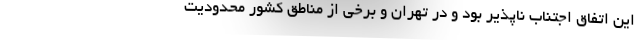
این اتفاق اجتناب ناپذیر بود و در تهران و برخی از مناطق کشور محدودیت